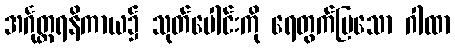
အင်္ဂုတ္တရနိကာယ၌ သုတ်ပေါင်းကို ရေတွက်ပြသော ဂါထာ